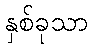
နှစ်ခုသာ